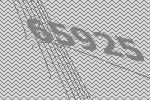
65925